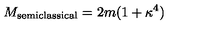
M _ { \mathrm { s e m i c l a s s i c a l } } = 2 m ( 1 + \kappa ^ { 4 } )